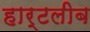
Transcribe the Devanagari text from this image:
हार्टलीब